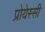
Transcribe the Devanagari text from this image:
प्रोयेस्सी